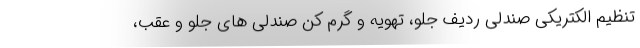
تنظیم الکتریکی صندلی ردیف جلو، تهویه و گرم کن صندلی های جلو و عقب،